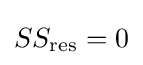
SS_{\text{res}}=0